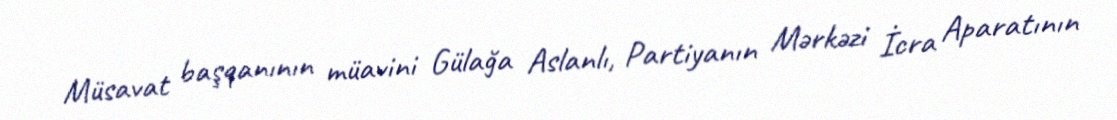
Müsavat başqanının müavini Gülağa Aslanlı, Partiyanın Mərkəzi İcra Aparatının